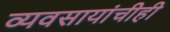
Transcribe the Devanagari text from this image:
व्यवसायांचीही